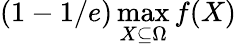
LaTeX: (1-1/e)\operatorname*{max}_{X\subseteq\Omega}f(X)